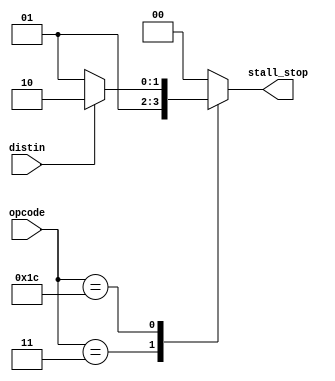
`timescale 1ns / 1ps
//////////////////////////////////////////////////////////////////////////////////
// Company: 
// Engineer: 
// 
// Design Name: 
// Module Name: handling_three_instructions
// Project Name: 
// Target Devices: 
// Tool Versions: 
// Description: 
// 
// Dependencies: 
// 
// Revision:
// Revision 0.01 - File Created
// Additional Comments:
// 
//////////////////////////////////////////////////////////////////////////////////


module handling_remaining_instructions(input [4:0] opcode, input distin, output[1:0] stall_stop);
reg [1:0] stall_t;
always @ (*)
  begin
    case (opcode)
    5'b00011 : stall_t = 2'b01; // stall program one nop, fence and fence i
    5'b11100 : 
      begin
        if (distin == 1)
          stall_t = 2'b10; //  stop the program entirely, for Ebreak
        else
          stall_t = 2'b01; // stop program one nop for Ecall
      end
    default: stall_t = 2'b00;
    endcase
  end
  assign stall_stop = stall_t; ///
endmodule